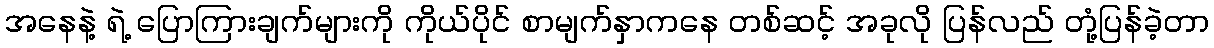
အနေနဲ့ ရဲ့ ပြောကြားချက်များကို ကိုယ်ပိုင် စာမျက်နှာကနေ တစ်ဆင့် အခုလို ပြန်လည် တုံ့ပြန်ခဲ့တာ